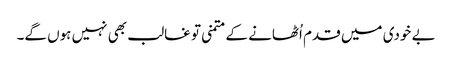
بے خودی میں قدم اُٹھانے کے متمنی تو غالب بھی نہیں ہوں گے۔